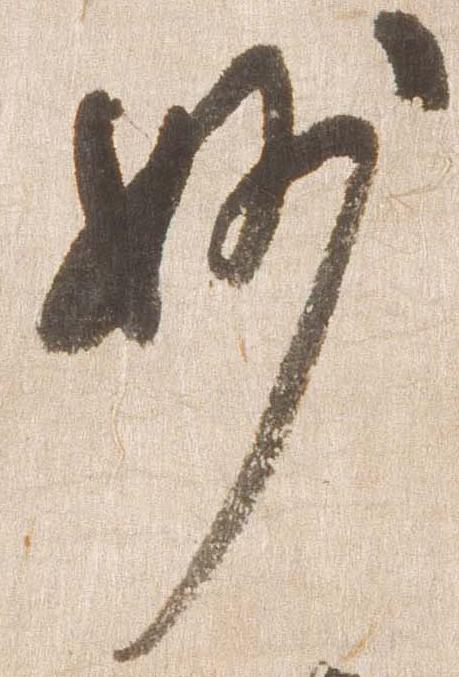
妙